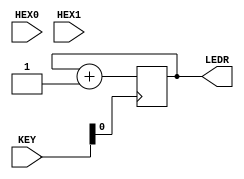
//
//
// Part 2 Digital Logic Lab 4
// Neil Nie
// (c) 2018, All Rights Reserved


module Part2 (KEY, HEX0, HEX1, LEDR);

input [1:0] KEY;
input [6:0] HEX0;
input [6:0] HEX1;
output [7:0] LEDR;

wire clock;

assign clock = ~KEY[0];

reg [7:0] value;

initial begin

value <= 8'b00000000;

end

always @ (posedge clock) begin

value <= value + 1;

end

assign LEDR = {value[7],value[6],value[5],value[4],value[3],value[2],value[1],value[0]};

endmodule